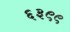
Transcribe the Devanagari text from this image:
६३९९